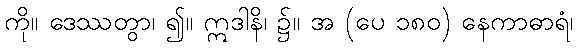
ကို။ ဒေဿတွာ၊ ၍။ ဣဒါနိ၊ ၌။ အ (ပေ ၁၈၀) နေကာဓာရံ၊